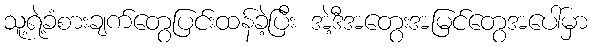
သူ့ရဲ့ခံစားချက်တွေပြင်းထန်ခဲ့ပြီး အဲ့ဒီအတွေးအမြင်တွေအပေါ်မှာ